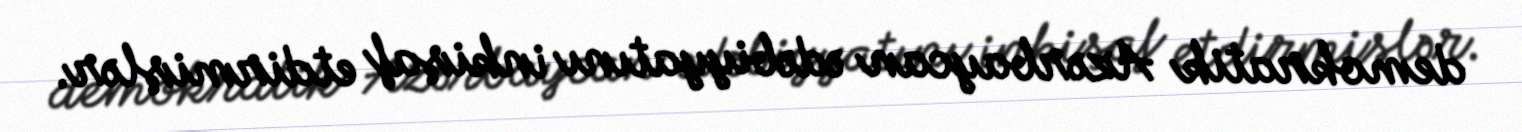
demokratik Azərbaycan ədəbiyyatını inkişaf etdirmişlər.